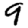
Digit: 9